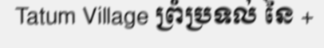
Tatum Village ព្រំប្រទល់ នៃ +